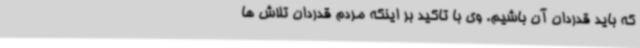
که باید قدردان آن باشیم. وی با تاکید بر اینکه مردم قدردان تلاش ها